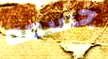
جسمه